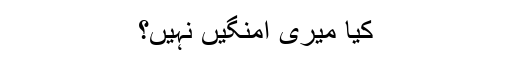
کیا میری امنگیں نہیں؟